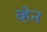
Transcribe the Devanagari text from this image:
व्‍हेन